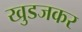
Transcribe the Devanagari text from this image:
खुडजकर